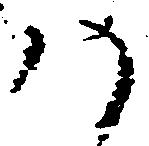
八